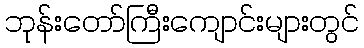
ဘုန်းတော်ကြီးကျောင်းများတွင်